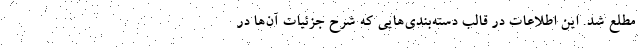
مطلع شد. این اطلاعات در قالب دسته‌بندی‌هایی که شرح جزئیات آن‌ها در